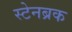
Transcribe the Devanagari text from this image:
स्टेनब्रक